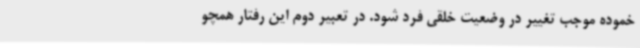
خموده موجب تغییر در وضعیت خلقی فرد شود. در تعبیر دوم این رفتار همچو